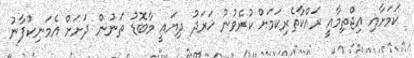
ކަމަށާއި އިޖްތިމާއީ ރައްކާތެރިކަމަށް ކުރެވުނު ޚަރަދު ދިޔައީ މާބޮޑު ތަނުން ދަށަށް އެމަނިކުފާނު